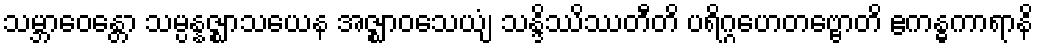
သမ္ဘာဝေန္တော သမ္ပန္နဇ္ဈာသယေန အဇ္ဈာဝသေယျံ သန္ဒိဿိဿတီတိ ပရိဂ္ဂဟေတဗ္ဗောတိ ဧကန္ဓကာရာနိ